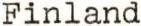
Finland